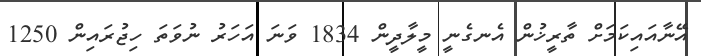
އޭނާއައިކަމަށް ތާރީޚުން އެނގެނީ މީލާދީން 1834 ވަނަ އަހަރު ނުވަތަ ހިޖުރައިން 1250